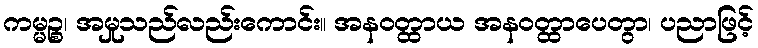
ကမ္မဉ္စ၊ အမှုသည်လည်းကောင်း။ အနဝတ္ထာယ အနဝတ္ထာပေတွာ၊ ပညာဖြင့်